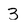
Character: 3